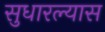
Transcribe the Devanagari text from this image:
सुधारल्यास